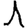
Digit: 1